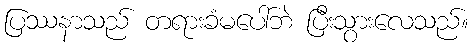
ပြဿနာသည် တရားခံမပေါ်ဘဲ ပြီးသွားလေသည်။